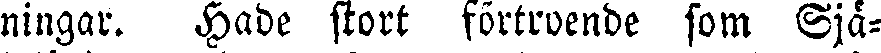
ningar. Hade stort förtroende som Sjä-